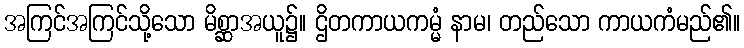
အကြင်အကြင်သို့သော မိစ္ဆာအယူ၌။ ဌိတကာယကမ္မံ နာမ၊ တည်သော ကာယကံမည်၏။